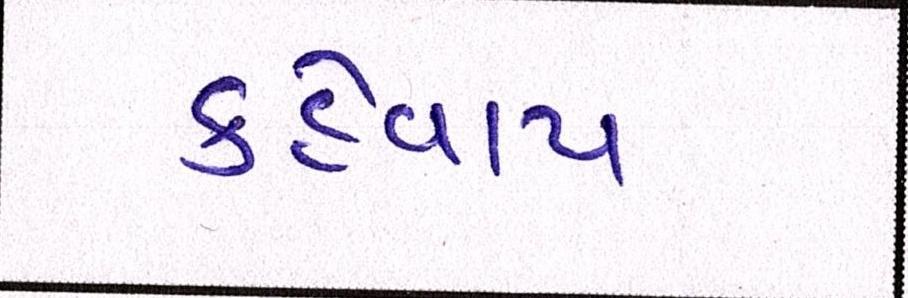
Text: કહેવાય